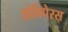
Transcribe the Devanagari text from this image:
ओविपेरस